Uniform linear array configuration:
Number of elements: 24
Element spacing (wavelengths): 0.5
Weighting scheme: cosine
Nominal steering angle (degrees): -60
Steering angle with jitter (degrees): -61.363
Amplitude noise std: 0.05
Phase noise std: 0.05

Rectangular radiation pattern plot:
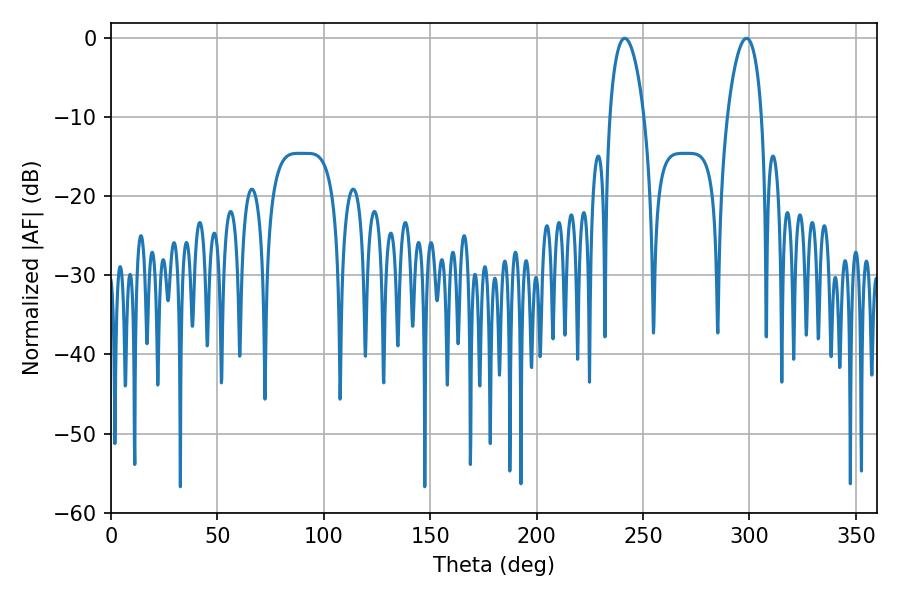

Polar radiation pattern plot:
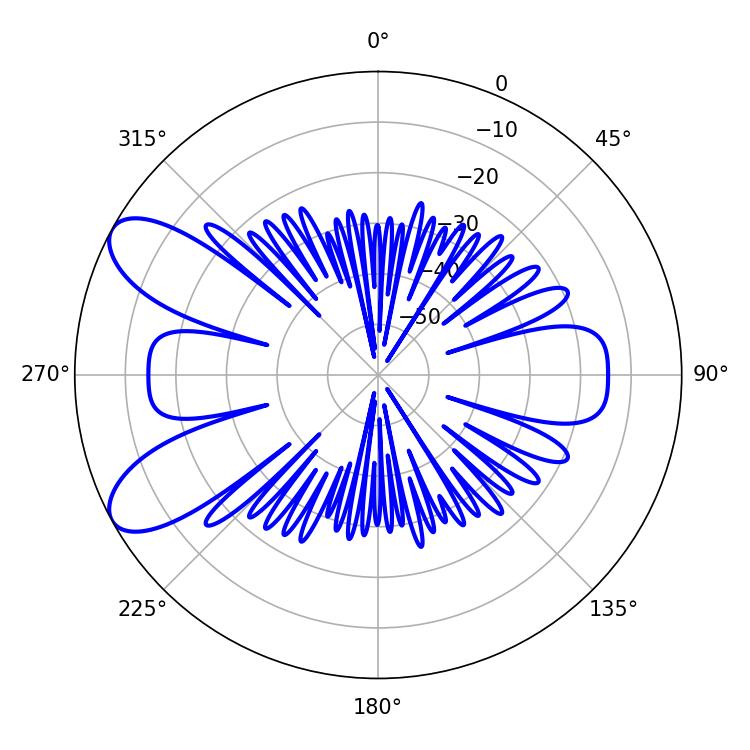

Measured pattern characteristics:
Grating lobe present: FALSE
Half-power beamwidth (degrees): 9
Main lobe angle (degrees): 241.38